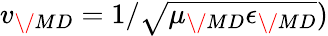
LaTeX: v_{\/ {MD}}=1/\sqrt{\mu_{\/ {MD}}\epsilon_{\/ {MD}}})